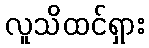
လူသိထင်ရှား